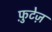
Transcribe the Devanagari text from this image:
फ़ुटेज़